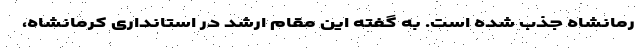
رمانشاه جذب شده است. به گفته این مقام ارشد در استانداری کرمانشاه،